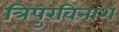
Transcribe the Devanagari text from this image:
त्रिपुरविनाश